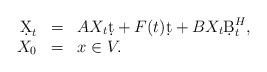
LaTeX: \begin{align*}\begin{array}{rcl}\d X_t&=&AX_t\d t +F(t)\d t + BX_t\d B^H_t,\\X_0&=&x\in V.\end{array}\end{align*}